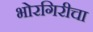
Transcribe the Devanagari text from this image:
भोरगिरीचा